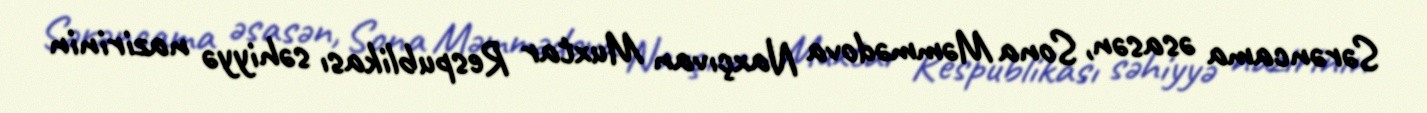
Sərəncama əsasən, Sona Məmmədova Naxçıvan Muxtar Respublikası səhiyyə nazirinin